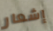
إشعار